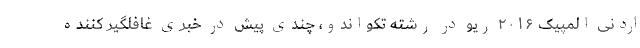
اردنی المپیک ۲۰۱۶ ریو در رشته تکواندو، چندی پیش در خبری غافلگیر کننده